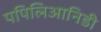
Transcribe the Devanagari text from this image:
पपिलिआनिडी